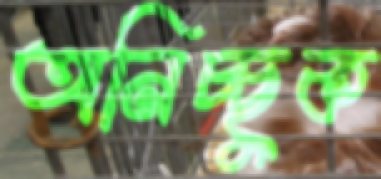
অনিচ্ছুক